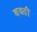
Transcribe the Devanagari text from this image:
बजतीं